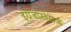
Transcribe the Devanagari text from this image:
इंग्रजीखेरीज